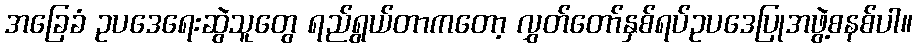
အခြေခံ ဥပဒေရေးဆွဲသူတွေ ရည်ရွယ်တာကတော့ လွှတ်တော်နှစ်ရပ်ဥပဒေပြုအဖွဲ့စနစ်ပါ။